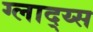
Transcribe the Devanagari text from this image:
ग्लाद्य्स